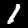
Label: 1